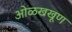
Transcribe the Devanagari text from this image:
ओळखखूण